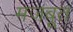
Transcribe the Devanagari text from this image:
मजबूूत